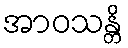
အာဝသန္တိ